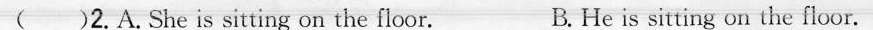
( )2.A.She is sitting on the floor. B. He is sitting on the floor.